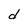
Character: d